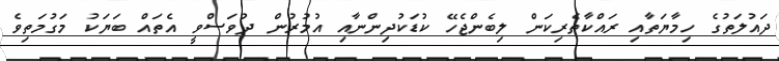
ދައުލަތުގެ ހިމާޔަތާއި ރައްކާތެރިކަން ލިބެންޖެހޭ ކުޑަކުދިންނާއި އުމުރުން ދުވަސްވީ އެތައް ބަޔަކު މަގުމަތިވެ